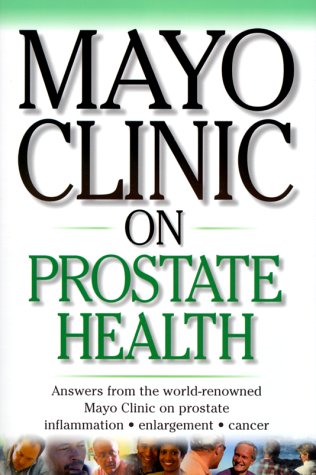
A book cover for Mayo Clinic On Prostate Health: Answers from the World-Renowned Mayo Clinic on Prostate Inflammation, Enlargement,  Cancer (Mayo Clinic on Health); Health, Fitness & Dieting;